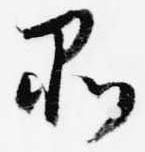
品